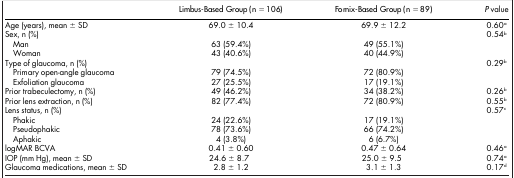
|  | Limbus-Based Group (n = 106) | Fornix-Based Group (n = 89) | P value |
 | --- | --- | --- | --- |
 | Age (years), mean ± SD | 69.0 ± 10.4 | 69.9 ± 12.2 | 0.60a |
 | Sex, n (%) |  |  | 0.54b |
 | Man | 63 (59.4%) | 49 (55.1%) |  |
 | Woman | 43 (40.6%) | 40 (44.9%) |  |
 | Type of glaucoma, n (%) |  |  | 0.29b |
 | Primary open-angle glaucoma | 79 (74.5%) | 72 (80.9%) |  |
 | Exfoliation glaucoma | 27 (25.5%) | 17 (19.1%) |  |
 | Prior trabeculectomy, n (%) | 49 (46.2%) | 34 (38.2%) | 0.26b |
 | Prior lens extraction, n (%) | 82 (77.4%) | 72 (80.9%) | 0.55b |
 | Lens status, n (%) |  |  | 0.57c |
 | Phakic | 24 (22.6%) | 17 (19.1%) |  |
 | Pseudophakic | 78 (73.6%) | 66 (74.2%) |  |
 | Aphakic | 4 (3.8%) | 6 (6.7%) |  |
 | logMAR BCVA | 0.41 ± 0.60 | 0.47 ± 0.64 | 0.46a |
 | IOP (mm Hg), mean ± SD | 24.6 ± 8.7 | 25.0 ± 9.5 | 0.74a |
 | Glaucoma medications, mean ± SD | 2.8 ± 1.2 | 3.1 ± 1.3 | 0.17d |